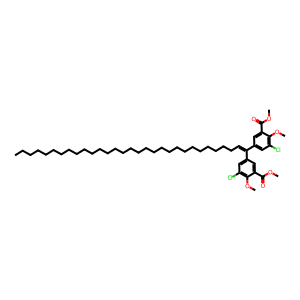
SMILES: CCCCCCCCCCCCCCCCCCCCCCCCCCCCCC=C(c1cc(Cl)c(OC)c(C(=O)OC)c1)c1cc(Cl)c(OC)c(C(=O)OC)c1
Inhibits HIV replication: No